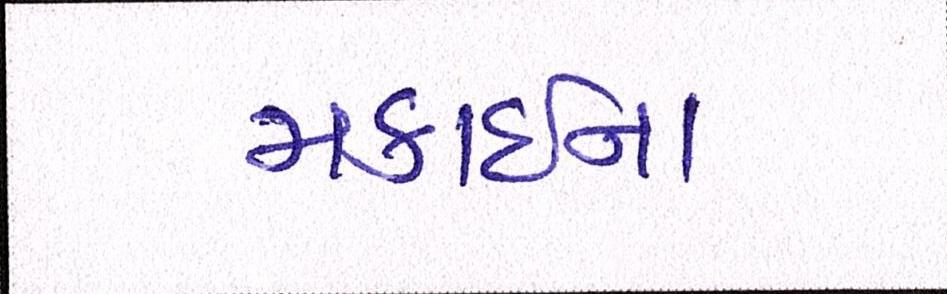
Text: મકાઈના